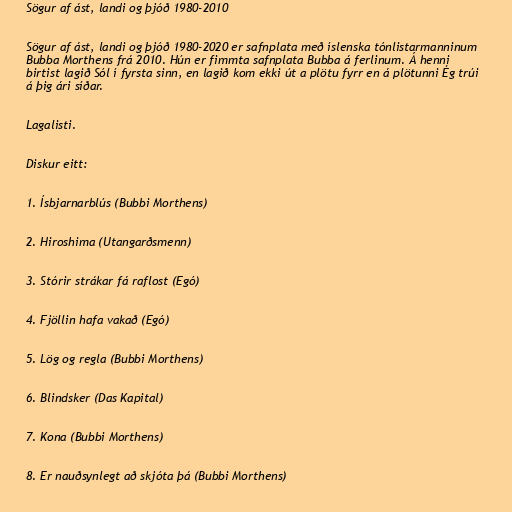
Sögur af ást, landi og þjóð 1980-2010

Sögur af ást, landi og þjóð 1980-2020 er safnplata með íslenska tónlistarmanninum
Bubba Morthens frá 2010. Hún er fimmta safnplata Bubba á ferlinum. Á henni
birtist lagið Sól í fyrsta sinn, en lagið kom ekki út a plötu fyrr en á plötunni Ég trúi
á þig ári síðar.

Lagalisti.

Diskur eitt:

1. Ísbjarnarblús (Bubbi Morthens)

2. Hiroshima (Utangarðsmenn)

3. Stórir strákar fá raflost (Egó)

4. Fjöllin hafa vakað (Egó)

5. Lög og regla (Bubbi Morthens)

6. Blindsker (Das Kapital)

7. Kona (Bubbi Morthens)

8. Er nauðsynlegt að skjóta þá (Bubbi Morthens)